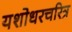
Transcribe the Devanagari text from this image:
यशोधरचरित्र